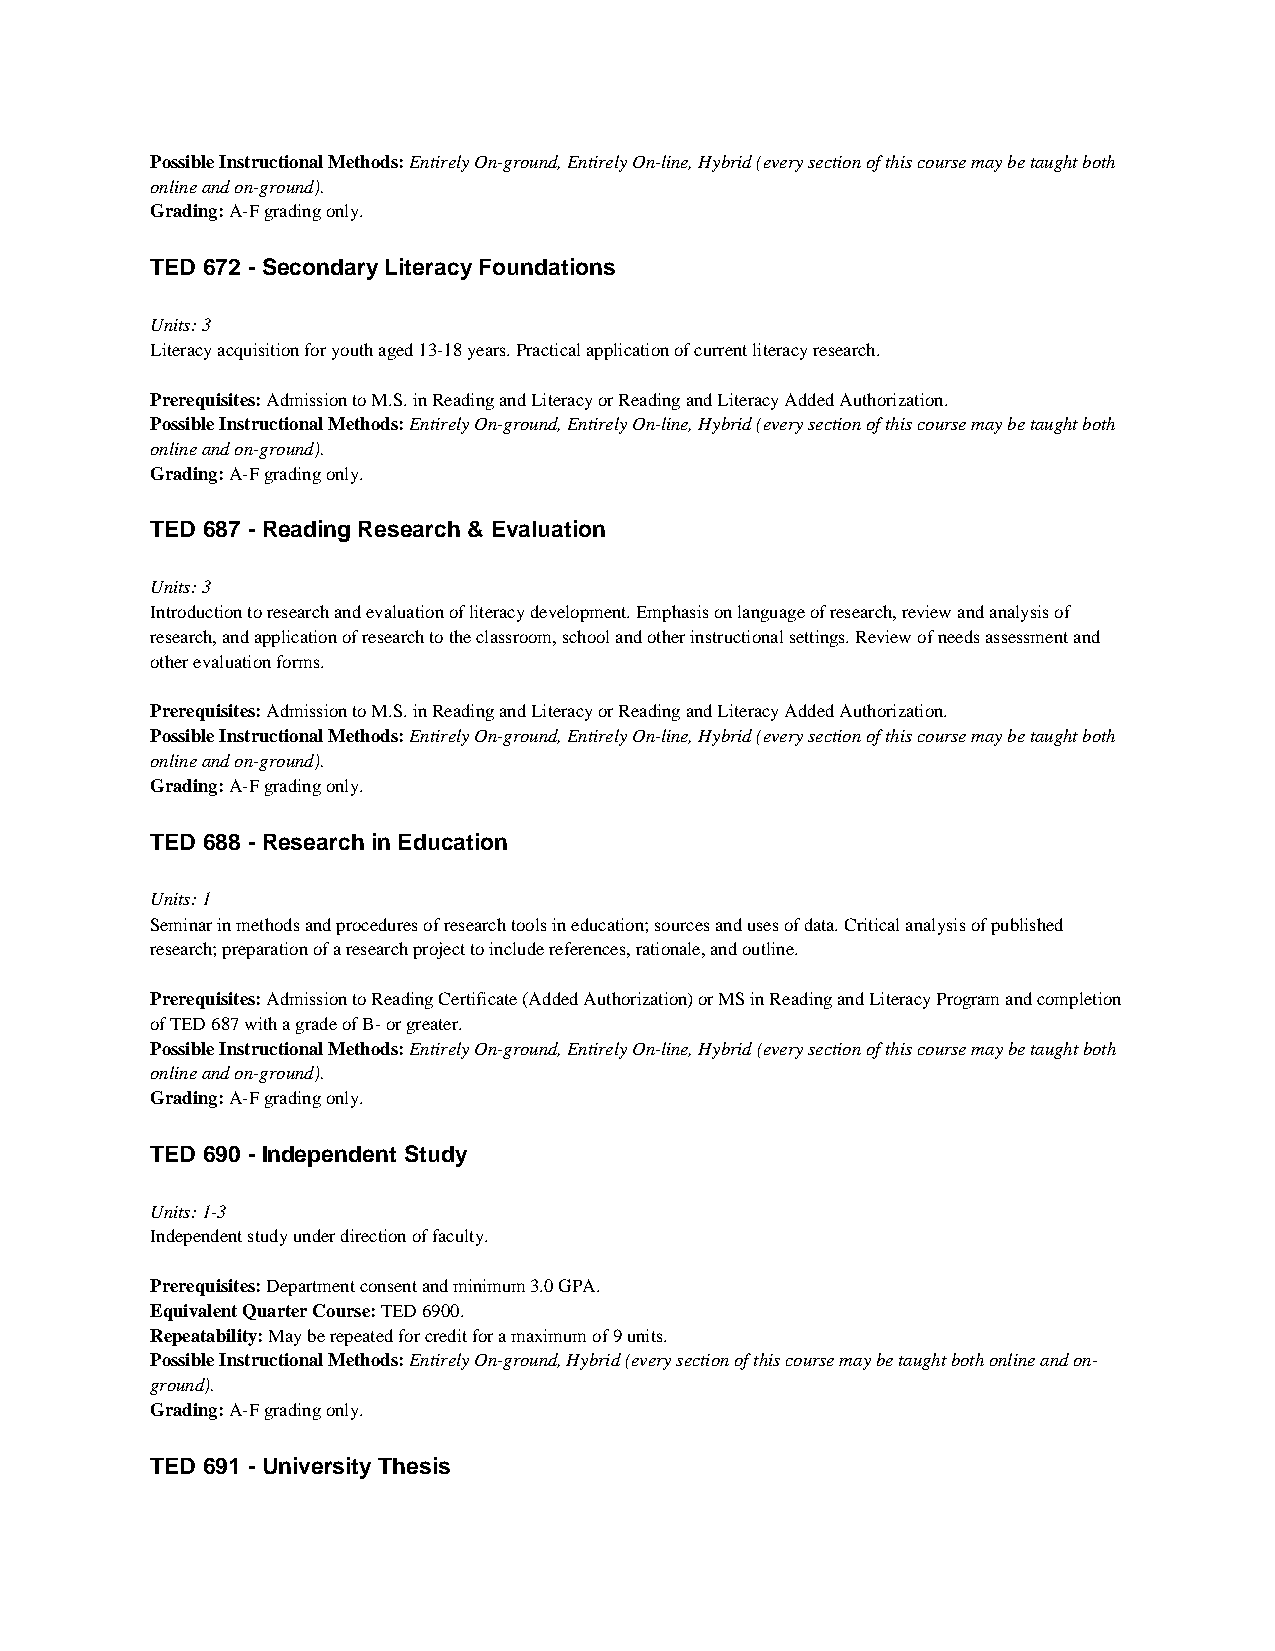
Possible Instructional Methods: Entirely On-ground, Entirely On-line, Hybrid (every section of this course may be taught both
 online and on-ground).
 Grading: A-F grading only.
 TED 672 - Secondary Literacy Foundations
 Units: 3
 Literacy acquisition for youth aged 13-18 years. Practical application of current literacy research.
 Prerequisites: Admission to M.S. in Reading and Literacy or Reading and Literacy Added Authorization.
 Possible Instructional Methods: Entirely On-ground, Entirely On-line, Hybrid (every section of this course may be taught both
 online and on-ground).
 Grading: A-F grading only.
 TED 687 - Reading Research & Evaluation
 Units: 3
 Introduction to research and evaluation of literacy development. Emphasis on language of research, review and analysis of
 research, and application of research to the classroom, school and other instructional settings. Review of needs assessment and
 other evaluation forms.
 Prerequisites: Admission to M.S. in Reading and Literacy or Reading and Literacy Added Authorization.
 Possible Instructional Methods: Entirely On-ground, Entirely On-line, Hybrid (every section of this course may be taught both
 online and on-ground).
 Grading: A-F grading only.
 TED 688 - Research in Education
 Units: 1
 Seminar in methods and procedures of research tools in education; sources and uses of data. Critical analysis of published
 research; preparation of a research project to include references, rationale, and outline.
 Prerequisites: Admission to Reading Certificate (Added Authorization) or MS in Reading and Literacy Program and completion
 of TED 687 with a grade of B- or greater.
 Possible Instructional Methods: Entirely On-ground, Entirely On-line, Hybrid (every section of this course may be taught both
 online and on-ground).
 Grading: A-F grading only.
 TED 690 - Independent Study
 Units: 1-3
 Independent study under direction of faculty.
 Prerequisites: Department consent and minimum 3.0 GPA.
 Equivalent Quarter Course: TED 6900.
 Repeatability: May be repeated for credit for a maximum of 9 units.
 Possible Instructional Methods: Entirely On-ground, Hybrid (every section of this course may be taught both online and on-
 ground).
 Grading: A-F grading only.
 TED 691 - University Thesis